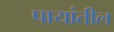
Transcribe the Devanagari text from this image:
पायांतील